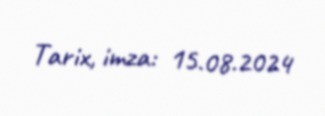
Tarix, imza: 15.08.2024